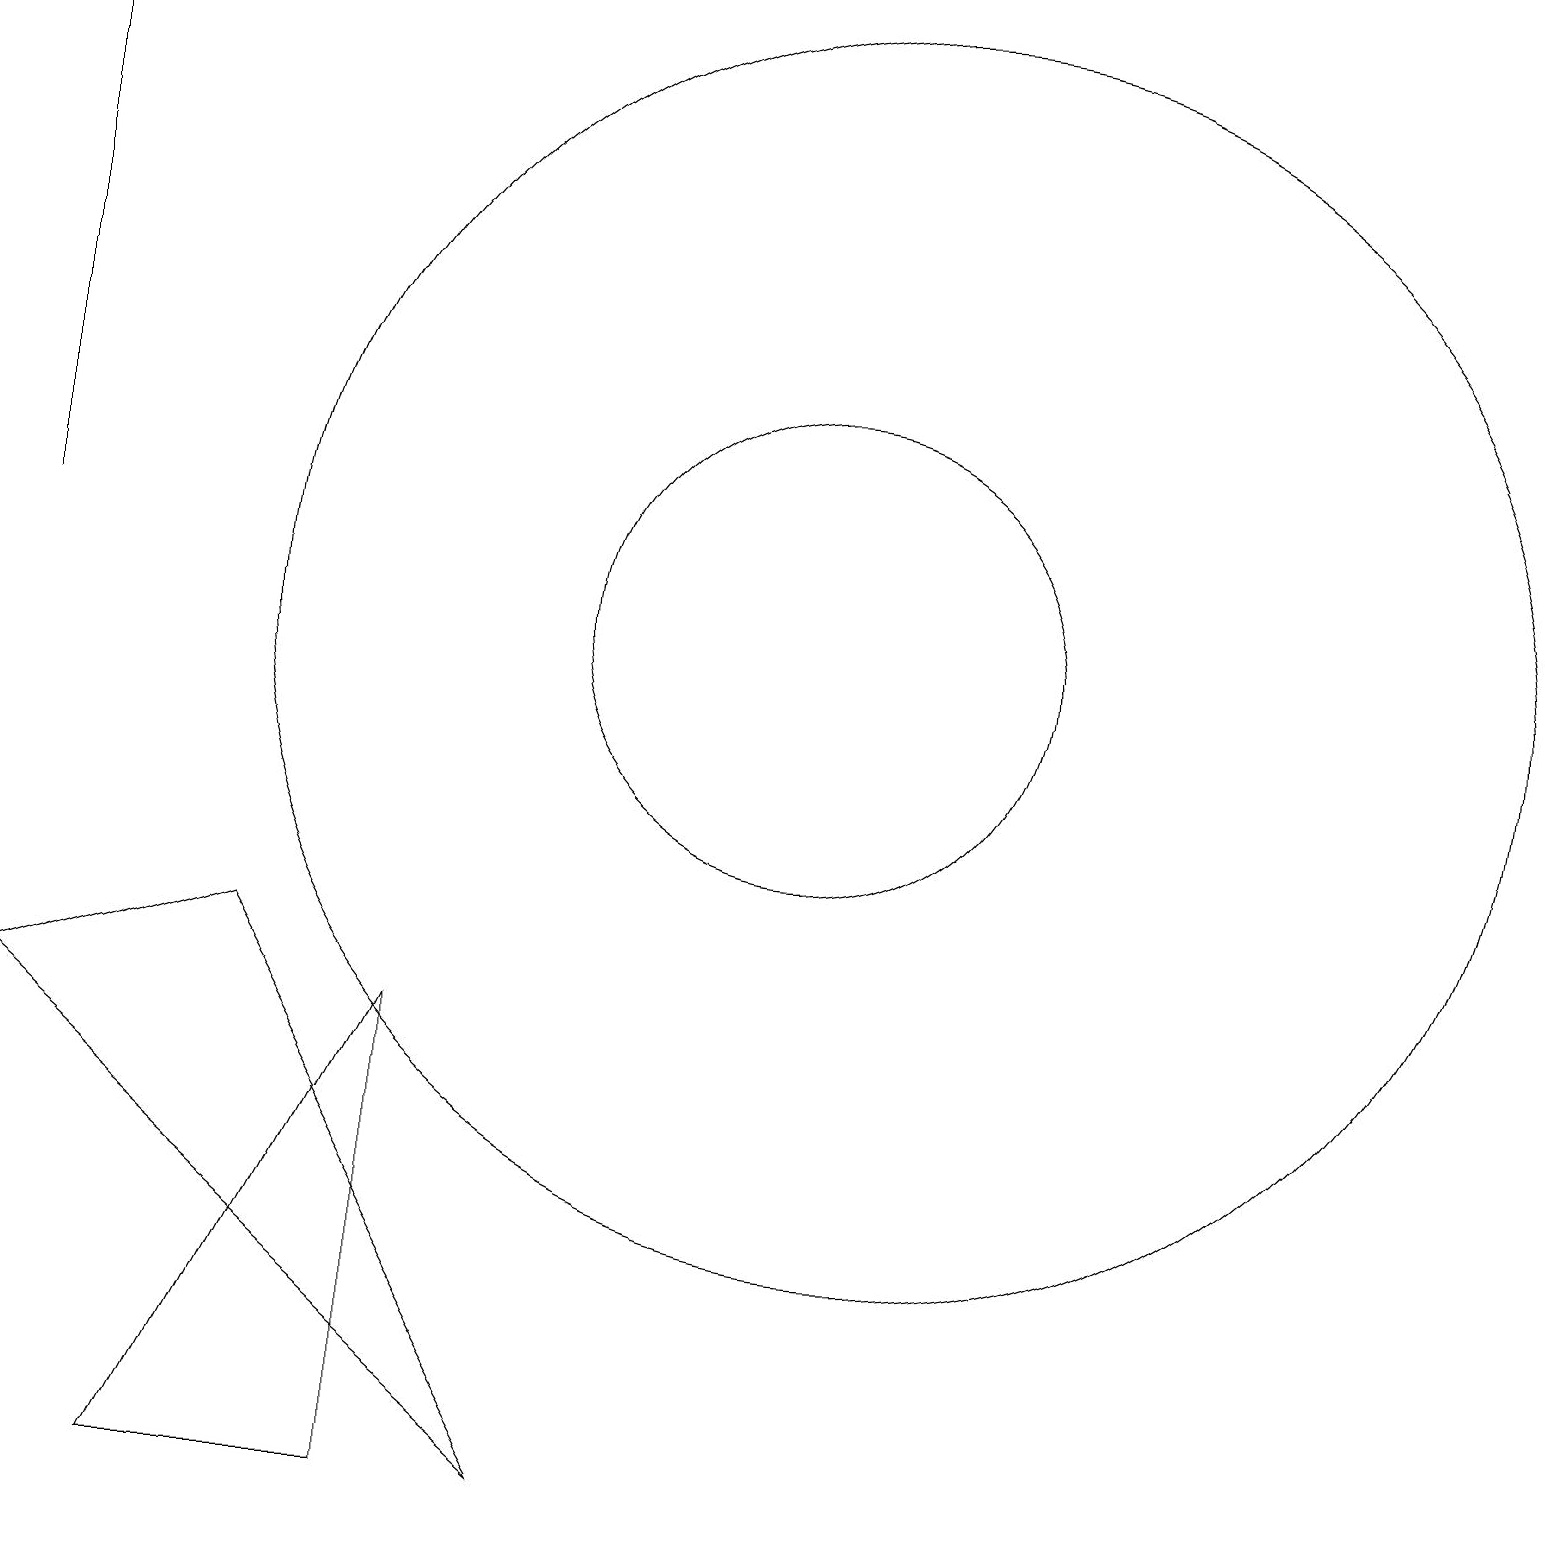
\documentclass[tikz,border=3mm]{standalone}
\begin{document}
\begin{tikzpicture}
\draw (10,11) circle (3);
\draw (2,0) -- (5,0) -- (5,6) -- cycle;
\draw (0,12) rectangle (0,19);
\draw (7,0) -- (3,7) -- (0,6) -- cycle;
\draw (11,11) circle (8);
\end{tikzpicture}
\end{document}